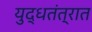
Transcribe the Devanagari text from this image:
युद्धतंत्रात